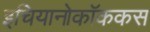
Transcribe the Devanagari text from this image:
इचियानोकॉककस